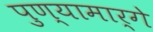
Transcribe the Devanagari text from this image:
पुण्यामार्गे